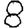
Digit: 8